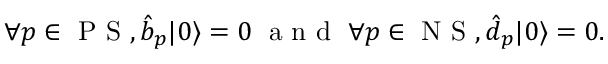
\begin{array} { r } { \forall p \in \ensuremath { \mathrm { ~ P ~ S ~ } } , \hat { b } _ { p } \ensuremath { \vert 0 \rangle } = 0 \; \mathrm { ~ a ~ n ~ d ~ } \; \forall p \in \ensuremath { \mathrm { ~ N ~ S ~ } } , \hat { d } _ { p } \ensuremath { \vert 0 \rangle } = 0 . } \end{array}